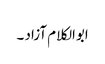
ابوالکلام آزاد ۔